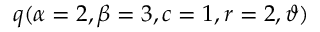
\displaystyle q ( \alpha = 2 , \beta = 3 , c = 1 , r = 2 , \vartheta )